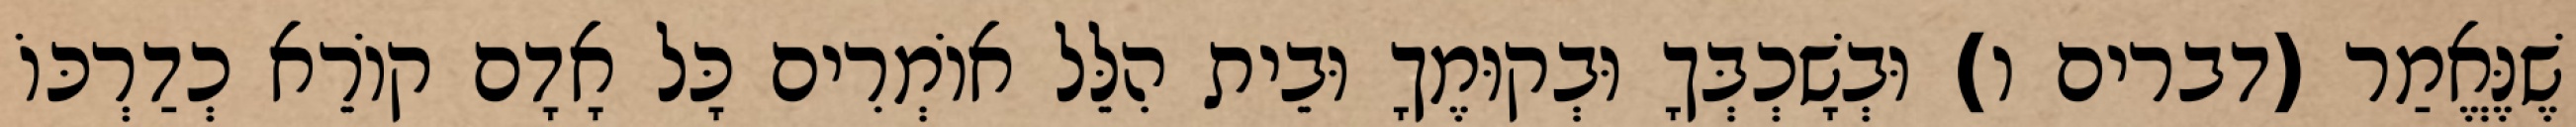
שֶׁנֶּאֱמַר (דברים ו) וּבְשָׁכְבְּךָ וּבְקוּמֶךָ וּבֵית הִלֵּל אוֹמְרִים כָּל אָדָם קוֹרֵא כְדַרְכּוֹ